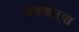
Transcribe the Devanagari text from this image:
फेडणाऱ्या